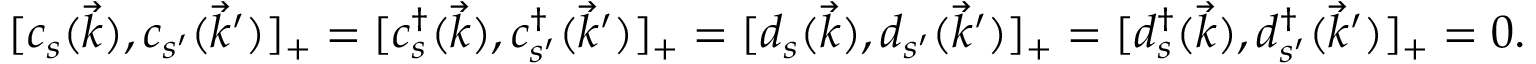
[ c _ { s } ( \vec { k } ) , c _ { s ^ { \prime } } ( \vec { k } ^ { \prime } ) ] _ { + } = [ c _ { s } ^ { \dag } ( \vec { k } ) , c _ { s ^ { \prime } } ^ { \dag } ( \vec { k } ^ { \prime } ) ] _ { + } = [ d _ { s } ( \vec { k } ) , d _ { s ^ { \prime } } ( \vec { k } ^ { \prime } ) ] _ { + } = [ d _ { s } ^ { \dag } ( \vec { k } ) , d _ { s ^ { \prime } } ^ { \dag } ( \vec { k } ^ { \prime } ) ] _ { + } = 0 .